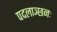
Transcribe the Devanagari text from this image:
पदलाञ्छनः